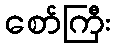
စော်ကြီး